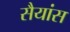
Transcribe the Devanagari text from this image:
सैयांस